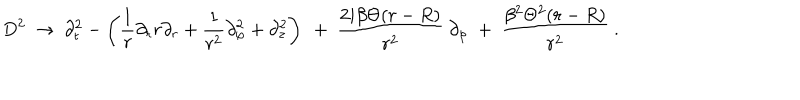
D ^ { 2 } \ \rightarrow \ \partial _ { t } ^ { 2 } - \left( \frac 1 r \partial _ { r } r \partial _ { r } + \frac { 1 } { r ^ { 2 } } \partial _ { \varphi } ^ { 2 } + \partial _ { z } ^ { 2 } \right) \ + \ \frac { 2 i \beta \Theta ( r - R ) } { r ^ { 2 } } \ \partial _ { \varphi } \ + \ \frac { \beta ^ { 2 } \Theta ^ { 2 } ( r - R ) } { r ^ { 2 } } \ .